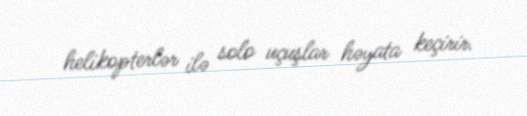
helikopterlər ilə solo uçuşlar həyata keçirir.